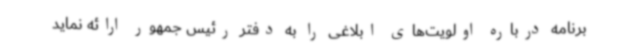
برنامه درباره اولویت‌های ابلاغی را به دفتر رئیس جمهور ارائه نماید